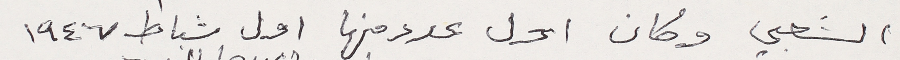
الشعبي وكان اول عدد منها اول شباط ١٩٤٧